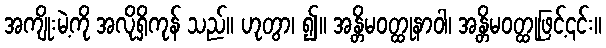
အကျိုးမဲ့ကို အလိုရှိကုန် သည်။ ဟုတွာ၊ ၍။ အန္တိမဝတ္ထုနာဝါ၊ အန္တိမဝတ္ထုဖြင့်၎င်း။